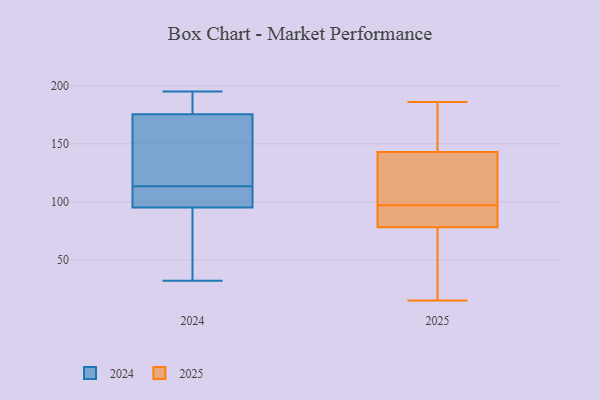
{"axis": {"x": "Market Share (%)", "y": "Value"}, "legend": ["2024", "2025"], "data": [{"x": "", "y": 167, "type": "2024"}, {"x": "", "y": 32, "type": "2024"}, {"x": "", "y": 195, "type": "2024"}, {"x": "", "y": 109, "type": "2024"}, {"x": "", "y": 113, "type": "2024"}, {"x": "", "y": 42, "type": "2024"}, {"x": "", "y": 95, "type": "2024"}, {"x": "", "y": 184, "type": "2024"}, {"x": "", "y": 186, "type": "2024"}, {"x": "", "y": 95, "type": "2024"}, {"x": "", "y": 114, "type": "2024"}, {"x": "", "y": 90, "type": "2024"}, {"x": "", "y": 188, "type": "2024"}, {"x": "", "y": 130, "type": "2024"}, {"x": "", "y": 162, "type": "2024"}, {"x": "", "y": 103, "type": "2024"}, {"x": "", "y": 106, "type": "2025"}, {"x": "", "y": 147, "type": "2025"}, {"x": "", "y": 79, "type": "2025"}, {"x": "", "y": 86, "type": "2025"}, {"x": "", "y": 114, "type": "2025"}, {"x": "", "y": 153, "type": "2025"}, {"x": "", "y": 38, "type": "2025"}, {"x": "", "y": 96, "type": "2025"}, {"x": "", "y": 15, "type": "2025"}, {"x": "", "y": 98, "type": "2025"}, {"x": "", "y": 56, "type": "2025"}, {"x": "", "y": 79, "type": "2025"}, {"x": "", "y": 143, "type": "2025"}, {"x": "", "y": 78, "type": "2025"}, {"x": "", "y": 177, "type": "2025"}, {"x": "", "y": 186, "type": "2025"}, {"x": "", "y": 127, "type": "2025"}, {"x": "", "y": 42, "type": "2025"}]}